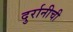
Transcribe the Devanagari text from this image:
दुर्रानीची